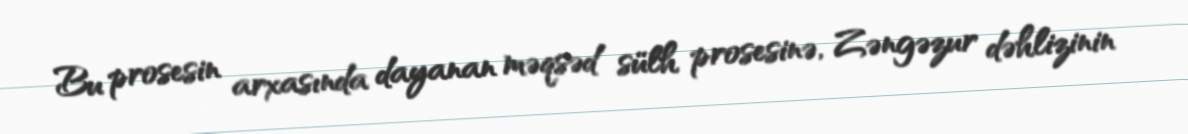
Bu prosesin arxasında dayanan məqsəd sülh prosesinə, Zəngəzur dəhlizinin